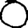
Digit: 0